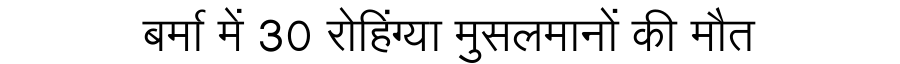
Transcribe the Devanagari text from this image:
बर्मा में 30 रोहिंग्या मुसलमानों की मौत